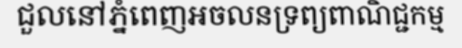
ជួលនៅភ្នំពេញអចលនទ្រព្យពាណិជ្ជកម្ម